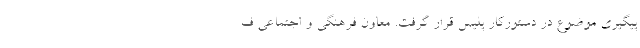
پیگیری موضوع در دستورکار پلیس قرار گرفت. معاون فرهنگی و اجتماعی ف